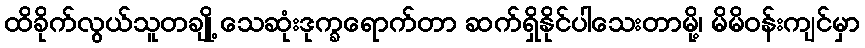
ထိခိုက်လွယ်သူတချို့ သေဆုံးဒုက္ခရောက်တာ ဆက်ရှိနိုင်ပါသေးတာမို့၊ မိမိဝန်းကျင်မှာ